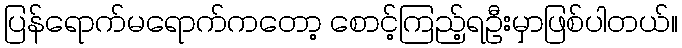
ပြန်ရောက်မရောက်ကတော့ စောင့်ကြည့်ရဦးမှာဖြစ်ပါတယ်။